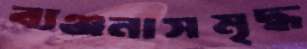
ব্যঞ্জনাসমৃদ্ধ